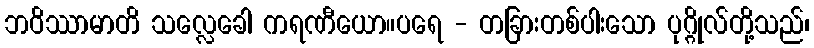
ဘဝိဿာမာတိ သလ္လေခေါ ကရဏီယော။ပရေ - တခြားတစ်ပါးသော ပုဂ္ဂိုလ်တို့သည်၊